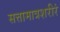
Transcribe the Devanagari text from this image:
सत्तामात्रशरीरं